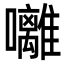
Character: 囄